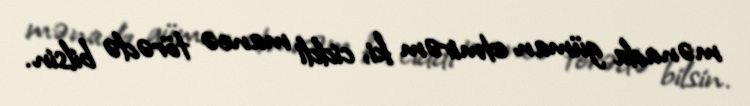
mənada güman etmirəm ki, ciddi maneə törədə bilsin.